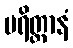
ပရိတ္တာနံ